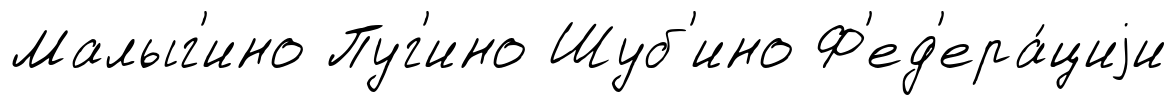
Малыг'ино Пуг'ино Шуб'ино Ф'ед'ера́циjи